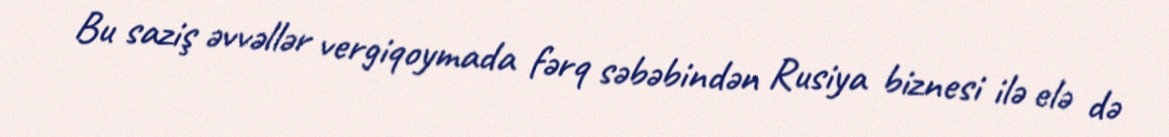
Bu saziş əvvəllər vergiqoymada fərq səbəbindən Rusiya biznesi ilə elə də